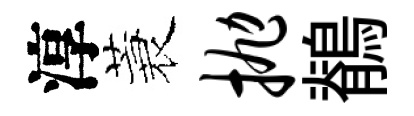
淳蓑抛鶺